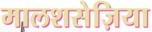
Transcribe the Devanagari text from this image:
मालशसेज़िया